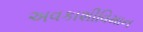
અવકાશીવિમાન